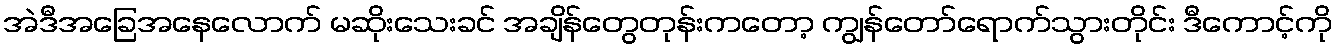
အဲဒီအခြေအနေလောက် မဆိုးသေးခင် အချိန်တွေတုန်းကတော့ ကျွန်တော်ရောက်သွားတိုင်း ဒီကောင့်ကို